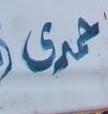
حرى